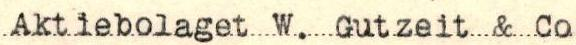
Aktiebolaget W. Gutzeit & Co